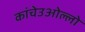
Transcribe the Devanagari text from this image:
कांचेउओल्लो